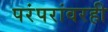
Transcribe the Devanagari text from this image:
परंपरांवरही